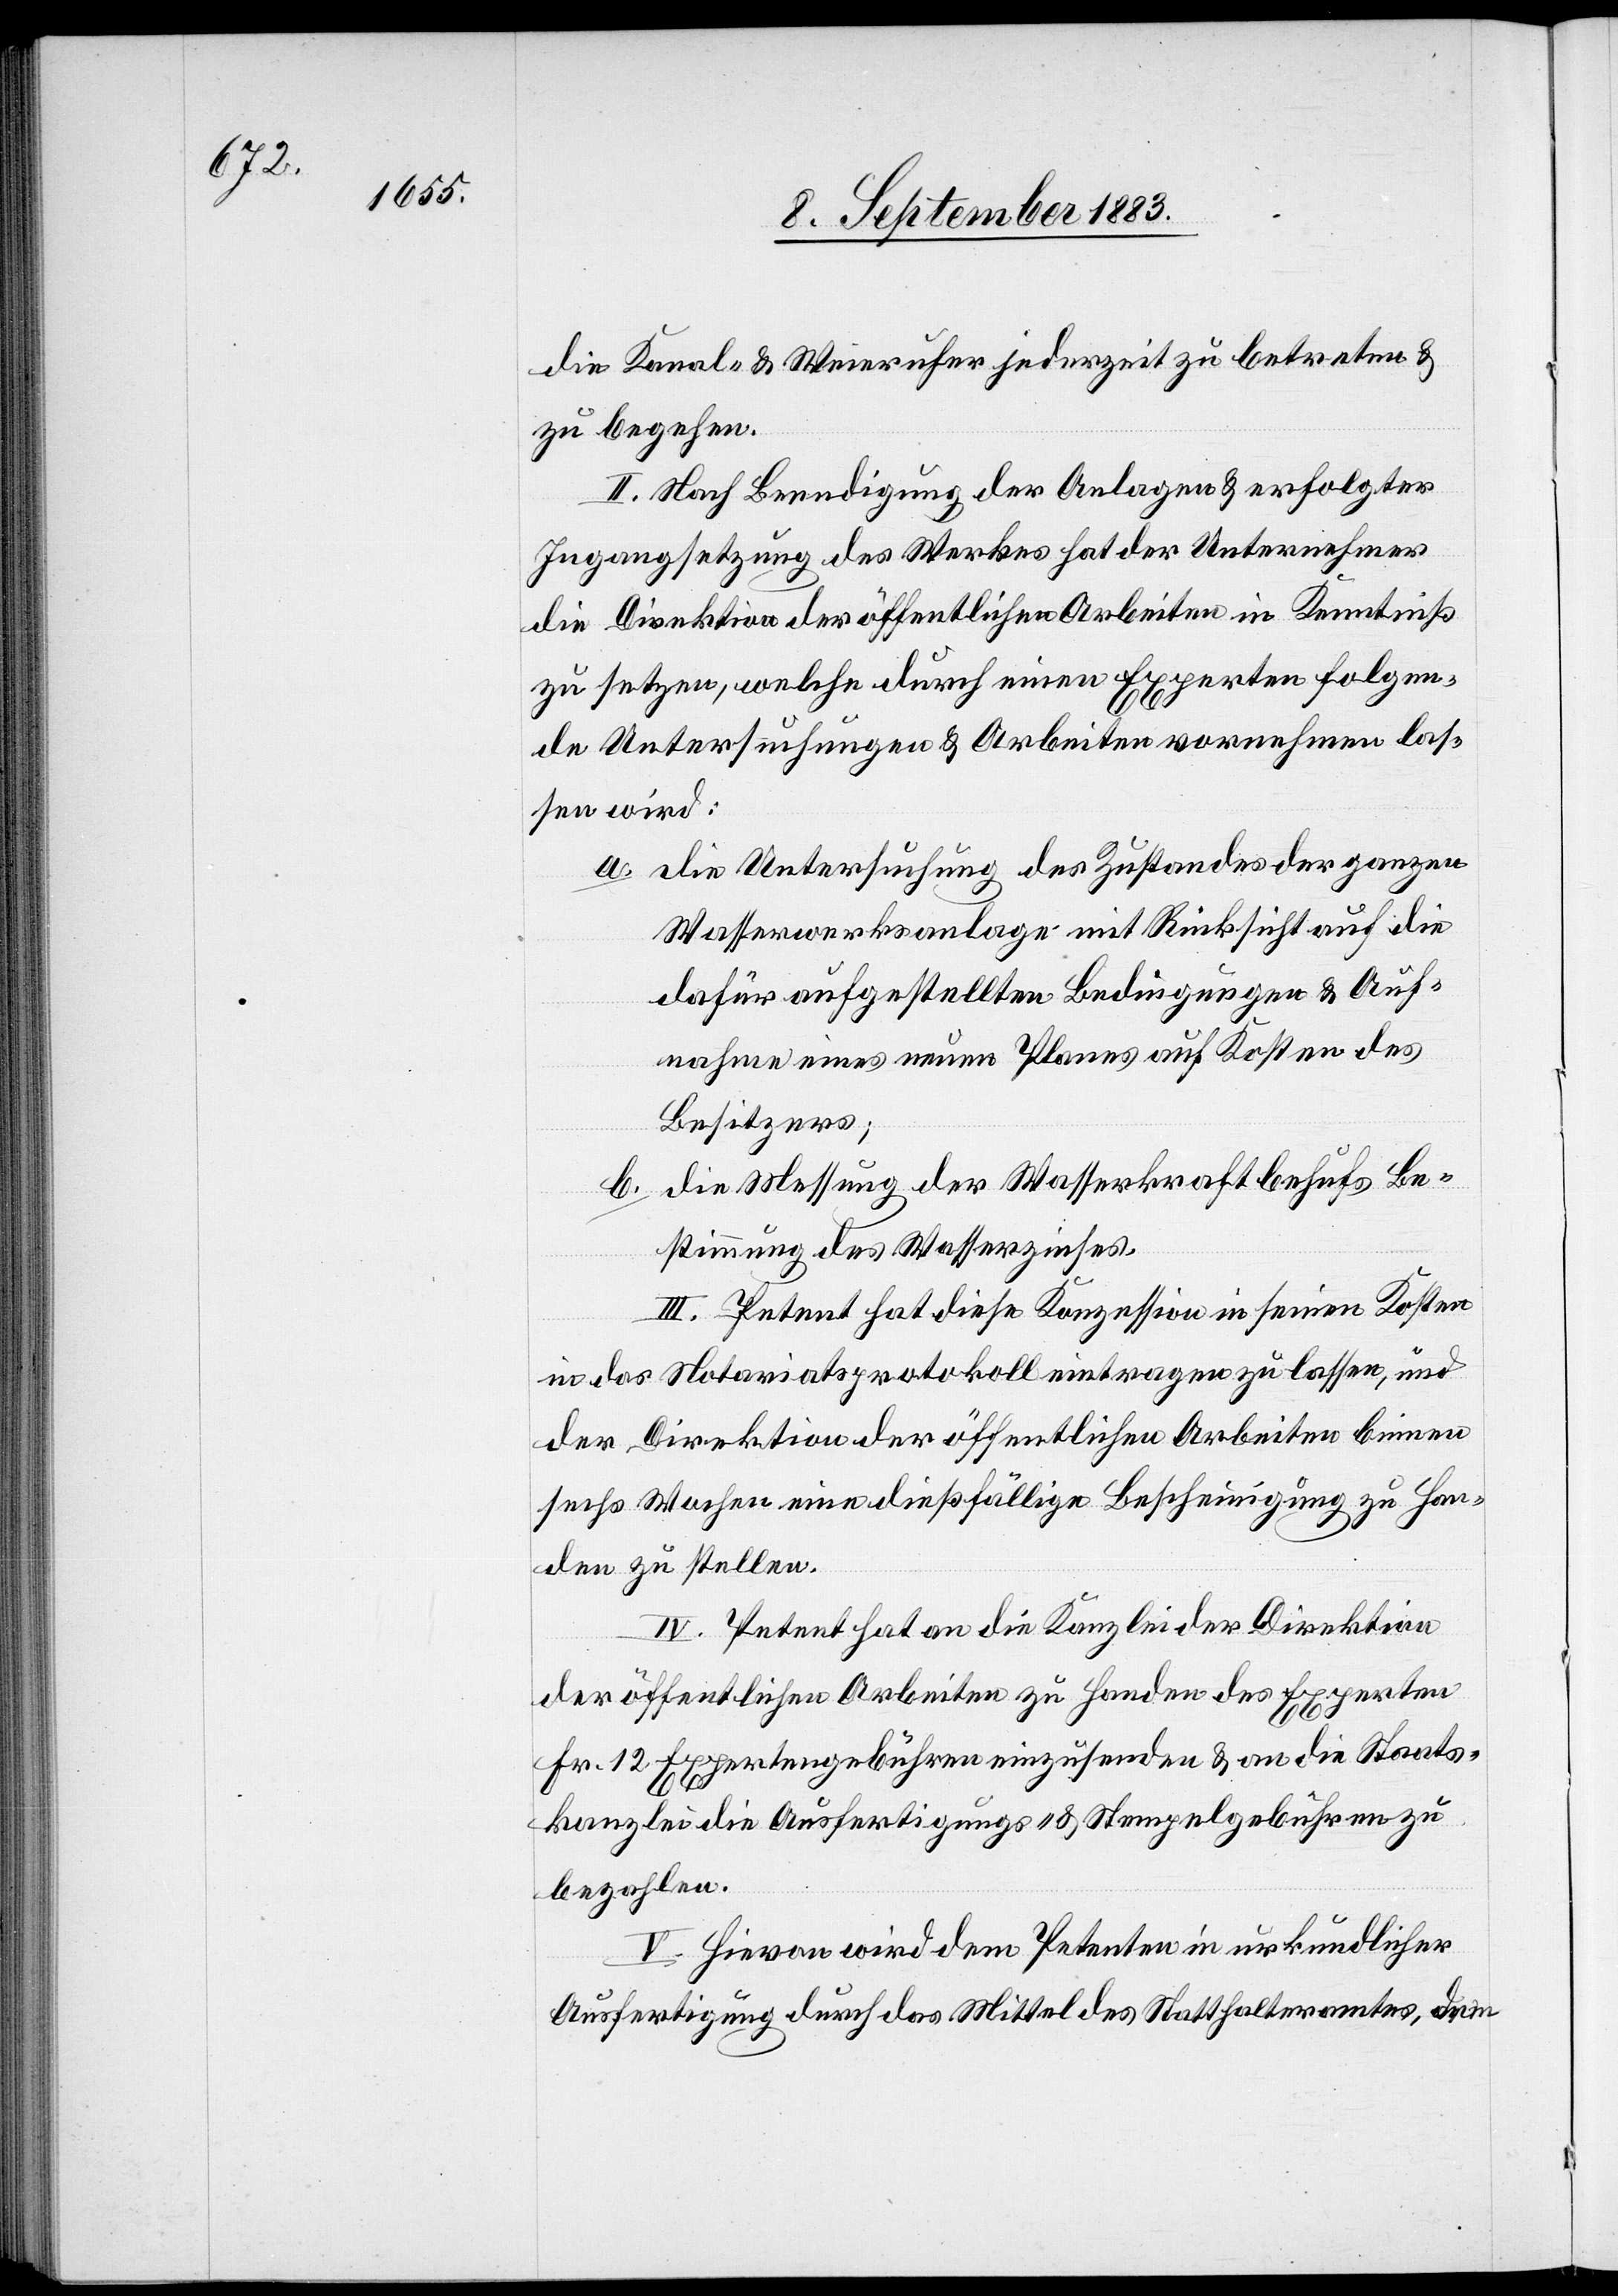
die Kanal- & Weierufer jederzeit zu betreten &
zu begehen.
II. Nach Beendigung der Anlagen & erfolgter
Ingangsetzung des Werkes hat der Unternehmer
die Direktion der öffentlichen Arbeiten in Kenntniß
zu setzen, welche durch einen Experten folgen¬
de Untersuchungen & Arbeit vornehmen las¬
sen wird:
a. Die Untersuchung des Zustandes der ganzen
Wasserwerksanlage mit Rücksicht auf die
dafür aufgestellten Bedingungen & Auf¬
nahme eines neuen Planes auf Kosten des
Besitzers.
b. die Messung der Wasserkraft behufs Be¬
stimmung des Wasserzinses.
III. Petent hat diese Konzession in seinen Kosten
in das Notariatsprotokoll eintragen zu lassen, und
der Direktion der öffentlichen Arbeiten binnen
sechs Wochen eine dießfällige Bescheinigung zu han¬
den zu stellen.
IV. Petent hat an die Kanzlei der Direktion
der öffentlichen Arbeiten zu handen des Experten
Fr. 12 Expertengebühren einzusenden & an die Staats¬
kanzlei die Ausfertigungs- & Stempelgebühren zu
bezahlen.
V. Hievon wird dem Petenten in urkundlicher
Ausfertigung durch das Mittel des Statthalteramtes, dem